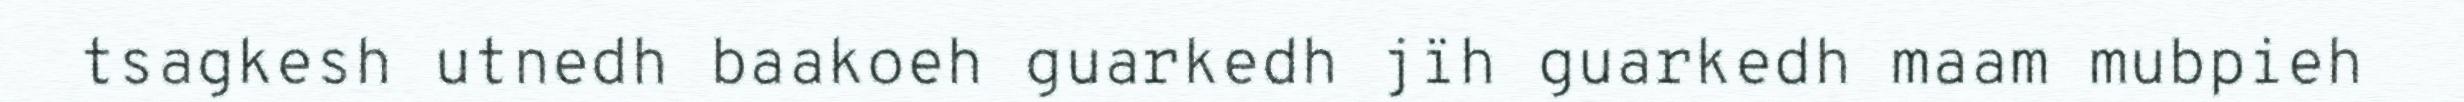
tsagkesh utnedh baakoeh guarkedh jïh guarkedh maam mubpieh